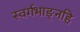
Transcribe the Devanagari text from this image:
स्वर्गभाङ्नहि